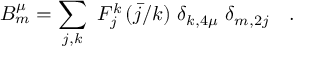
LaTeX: B _ { m } ^ { \mu } = \sum _ { j , k } \ F _ { j } ^ { k } \, ( \bar { j } / k ) \ \delta _ { k , 4 \mu } \ \delta _ { m , 2 j } \quad .